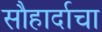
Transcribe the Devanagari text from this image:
सौहार्दाचा